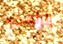
الراعي